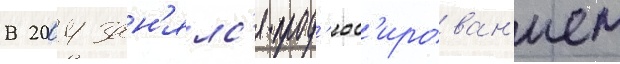
В 2004 зан'ялс'я прод'юс'ирован'ием